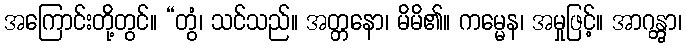
အကြောင်းတို့တွင်။ “တွံ၊ သင်သည်။ အတ္တနော၊ မိမိ၏။ ကမ္မေန၊ အမှုဖြင့်။ အာဂန္တွာ၊